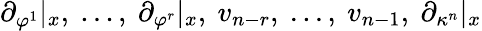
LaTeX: \partial_{\varphi^{1}}|_{x},~...,~\partial_{\varphi^{r}}|_{x},~v_{n-r},~...,~v_{n-1},~\partial_{\kappa^{n}}|_{x}